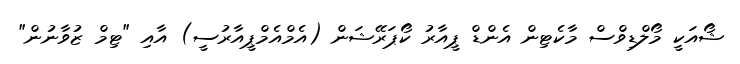
ޝޯއަކީ މޯލްޑިވްސް މާކެޓިން އެންޑް ޕީއާރު ކޯޕަރޭޝަން (އެމްއެމްޕީއާރުސީ) އާއި "ޓިމް ޒުވާނުން"